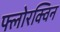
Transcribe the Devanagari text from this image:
फ्लोरक्विन